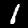
Label: 1